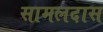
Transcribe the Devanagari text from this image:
सामलदास